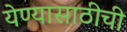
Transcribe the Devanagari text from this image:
येण्यासाठीची